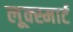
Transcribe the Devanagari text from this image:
लूक्स्मार्ट